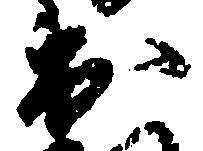
出